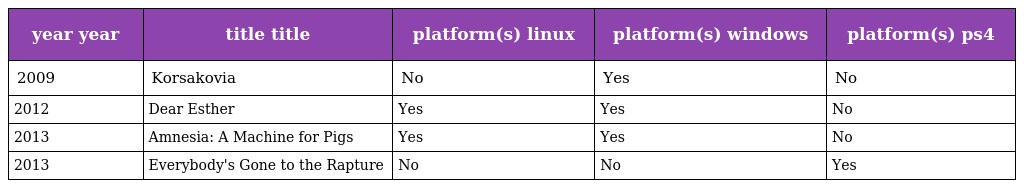
| year year | title title | platform(s) linux | platform(s) windows | platform(s) ps4 |
 | --- | --- | --- | --- | --- |
 | 2009 | Korsakovia | No | Yes | No |
 | 2012 | Dear Esther | Yes | Yes | No |
 | 2013 | Amnesia: A Machine for Pigs | Yes | Yes | No |
 | 2013 | Everybody's Gone to the Rapture | No | No | Yes |